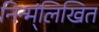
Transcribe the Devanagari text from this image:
निन्म्ंलिखित